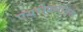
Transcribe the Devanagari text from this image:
एयरोफ्लोट्स